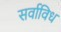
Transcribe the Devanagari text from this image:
सर्वाविध